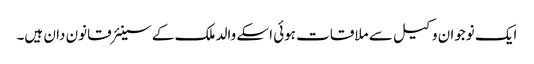
ایک نوجوان وکیل سے ملاقات ہوئی اسکے والد ملک کے سینئر قانون دان ہیں۔